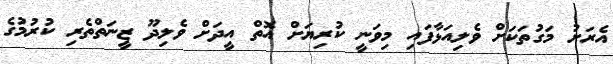
އެރަށު މަގުތަކަށް ވެލިއަޅާފައި މިވަނީ ކުރިޔަށް އޮތް އީދަށް ވެލިދޫ ޒީނަތްތެރި ކުރުމުގެ